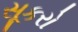
સૂકરો